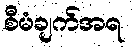
စီမံချက်အရ